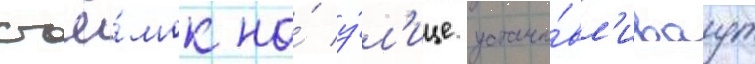
съё́мок на́ у́л'ице устана́вл'иваут